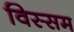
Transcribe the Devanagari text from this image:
विस्सम